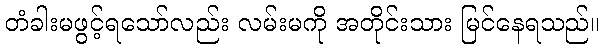
တံခါးမဖွင့်ရသော်လည်း လမ်းမကို အတိုင်းသား မြင်နေရသည်။